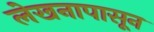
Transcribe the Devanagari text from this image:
लेखनापासून